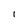
Character: I